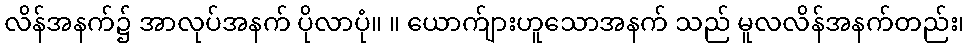
လိန်အနက်၌ အာလုပ်အနက် ပိုလာပုံ။ ။ ယောက်ျားဟူသောအနက် သည် မူလလိန်အနက်တည်း၊